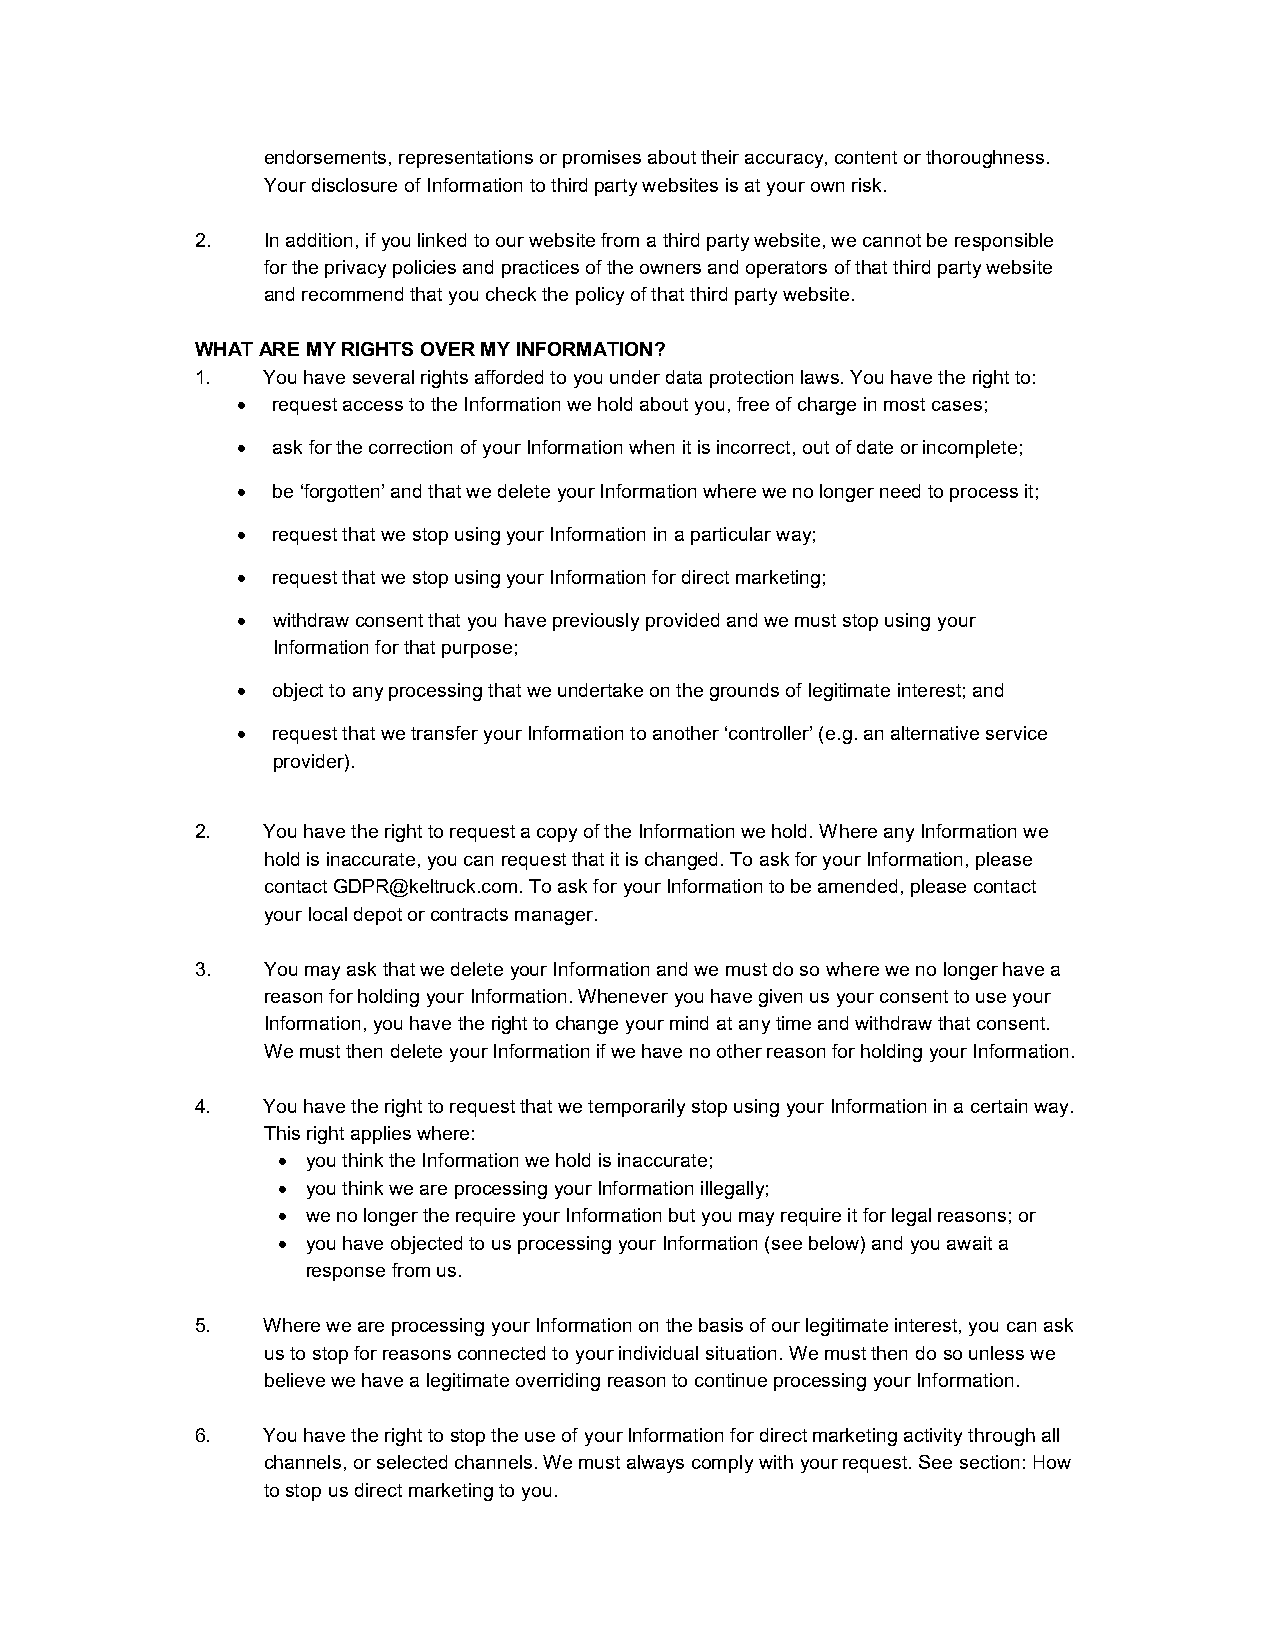
endorsements, representations or promises about their accuracy, content or thoroughness.
 Your disclosure of Information to third party websites is at your own risk.
 2.  In addition, if you linked to our website from a third party website, we cannot be responsible
 for the privacy policies and practices of the owners and operators of that third party website
 and recommend that you check the policy of that third party website.
 WHAT ARE MY RIGHTS OVER MY INFORMATION?
 1.  You have several rights afforded to you under data protection laws. You have the right to:
  request access to the Information we hold about you, free of charge in most cases;
  ask for the correction of your Information when it is incorrect, out of date or incomplete;
  be ‘forgotten’ and that we delete your Information where we no longer need to process it;
  request that we stop using your Information in a particular way;
  request that we stop using your Information for direct marketing;
  withdraw consent that you have previously provided and we must stop using your
 Information for that purpose;
  object to any processing that we undertake on the grounds of legitimate interest; and
  request that we transfer your Information to another ‘controller’ (e.g. an alternative service
 provider).
 2.  You have the right to request a copy of the Information we hold. Where any Information we
 hold is inaccurate, you can request that it is changed. To ask for your Information, please
 contact GDPR@keltruck.com. To ask for your Information to be amended, please contact
 your local depot or contracts manager.
 3.  You may ask that we delete your Information and we must do so where we no longer have a
 reason for holding your Information. Whenever you have given us your consent to use your
 Information, you have the right to change your mind at any time and withdraw that consent.
 We must then delete your Information if we have no other reason for holding your Information.
 4.  You have the right to request that we temporarily stop using your Information in a certain way.
 This right applies where:
  you think the Information we hold is inaccurate;
  you think we are processing your Information illegally;
  we no longer the require your Information but you may require it for legal reasons; or
  you have objected to us processing your Information (see below) and you await a
 response from us.
 5.  Where we are processing your Information on the basis of our legitimate interest, you can ask
 us to stop for reasons connected to your individual situation. We must then do so unless we
 believe we have a legitimate overriding reason to continue processing your Information.
 6.  You have the right to stop the use of your Information for direct marketing activity through all
 channels, or selected channels. We must always comply with your request. See section: How
 to stop us direct marketing to you.